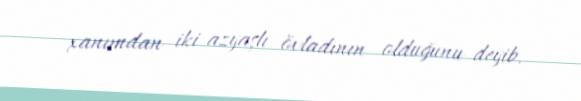
xanımdan iki azyaşlı övladının olduğunu deyib.